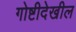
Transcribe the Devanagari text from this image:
गोष्टीदेखील